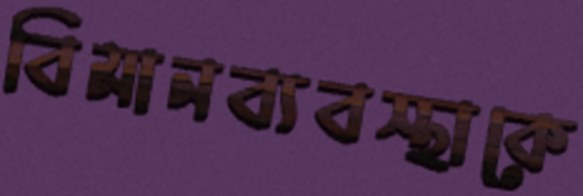
বিমানব্যবস্থাকে